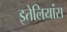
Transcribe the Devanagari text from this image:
इतेलियांस